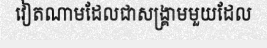
វៀតណាមដែលជាសង្គ្រាមមួយដែល